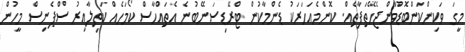
މީގަ ވަކިންކަންބޮޑުވާންޖެހޭތަފާތެއް. ކޮންމެއަހަރަކު ޑެންމާކުން ޓްރޭޑިސަނޭބުނެ އެތައްހާސް ކޯމަހެއް ކަތިލާއިރު ސްޕެނިސް މީހުން